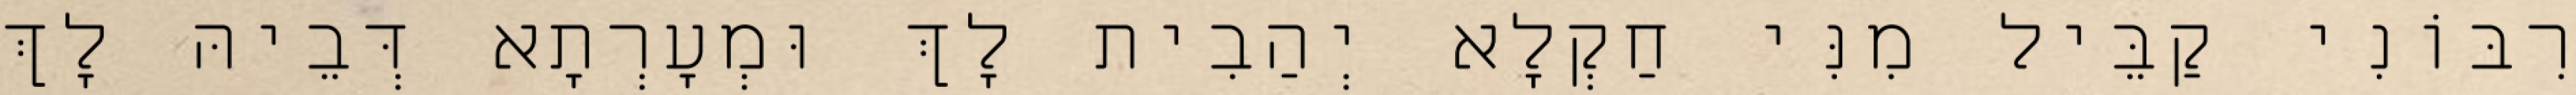
רִבּוֹנִי קַבֵּיל מִנִּי חַקְלָא יְהַבִית לָךְ וּמְעָרְתָא דְּבֵיהּ לָךְ